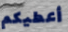
أعطيكم